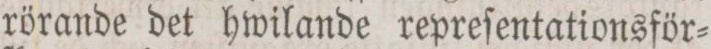
rörande det hwilande repreſentationsför=